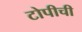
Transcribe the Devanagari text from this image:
टोपीची